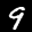
Label: 9